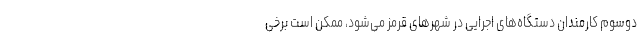
دوسوم کارمندان دستگاه‌های اجرایی در شهرهای قرمز می‌شود، ممکن است برخی